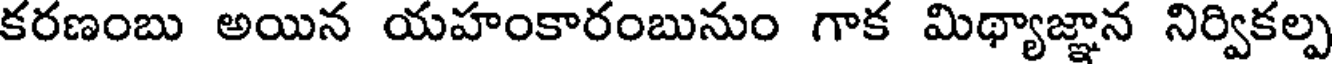
కరణంబు అయిన యహంకారంబునుం గాక మిథ్యాజ్ఞాన నిర్వికల్ప